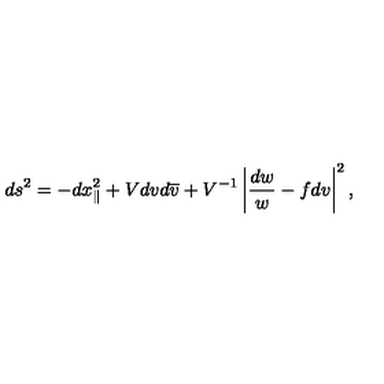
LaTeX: d s ^ { 2 } = - d x _ { \parallel } ^ { 2 } + V d v d \overline { v } + V ^ { - 1 } \left| \frac { d w } { w } - f d v \right| ^ { 2 } ,